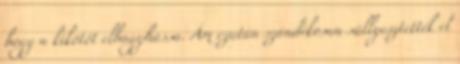
hogy a kikötőt elhagyhassa. Ám ezután szándékosan süllyesztették el